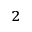
^ 2